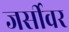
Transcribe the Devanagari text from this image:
जर्सीवर